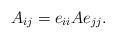
LaTeX: \begin{align*}A_{ij}=e_{ii}Ae_{jj}.\end{align*}